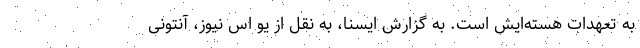
به تعهدات هسته‌ایش است. به گزارش ایسنا، به نقل از یو اس نیوز، آنتونی